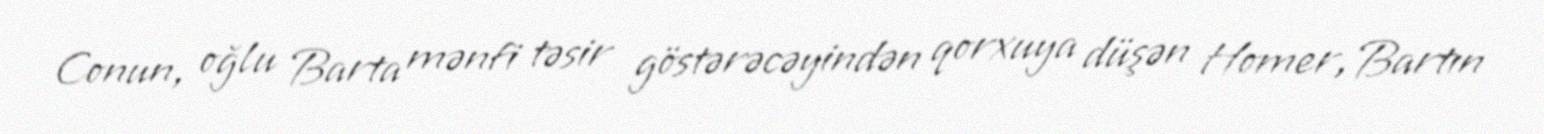
Conun, oğlu Barta mənfi təsir göstərəcəyindən qorxuya düşən Homer, Bartın